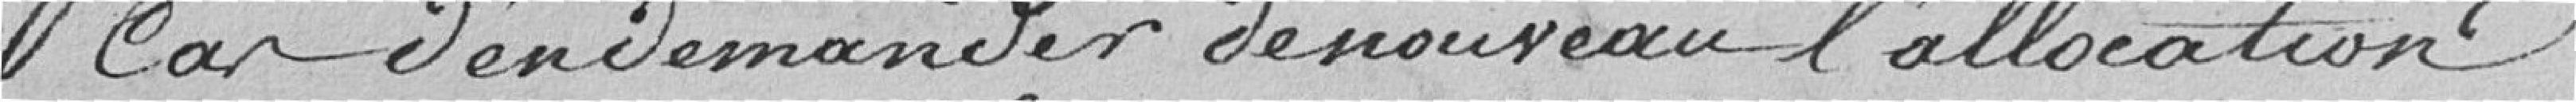
cas d'en demander de nouveau l'allocation